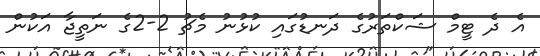
އެ ދެ ޓީމް ޝަކްތަރުގެ ދަނޑުގައި ކުޅުނު މެޗު 2-2ގެ ނަތީޖާ އަކުން